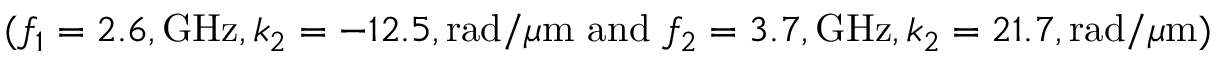
( f _ { 1 } = 2 . 6 , \mathrm { G H z } , k _ { 2 } = - 1 2 . 5 , \mathrm { r a d / } \mu \mathrm { m } \mathrm { \ a n d \ } f _ { 2 } = 3 . 7 , \mathrm { G H z } , k _ { 2 } = 2 1 . 7 , \mathrm { r a d / } \mu \mathrm { m } )